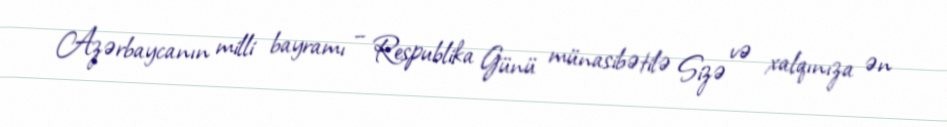
Azərbaycanın milli bayramı – Respublika Günü münasibətilə Sizə və xalqınıza ən